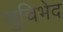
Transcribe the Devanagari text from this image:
सुचिभेद